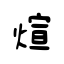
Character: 煊